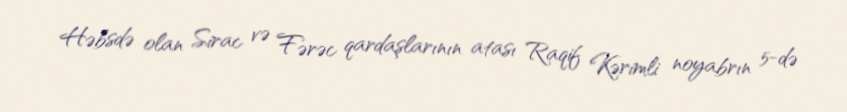
Həbsdə olan Sirac və Fərəc qardaşlarının atası Raqif Kərimli noyabrın 5-də